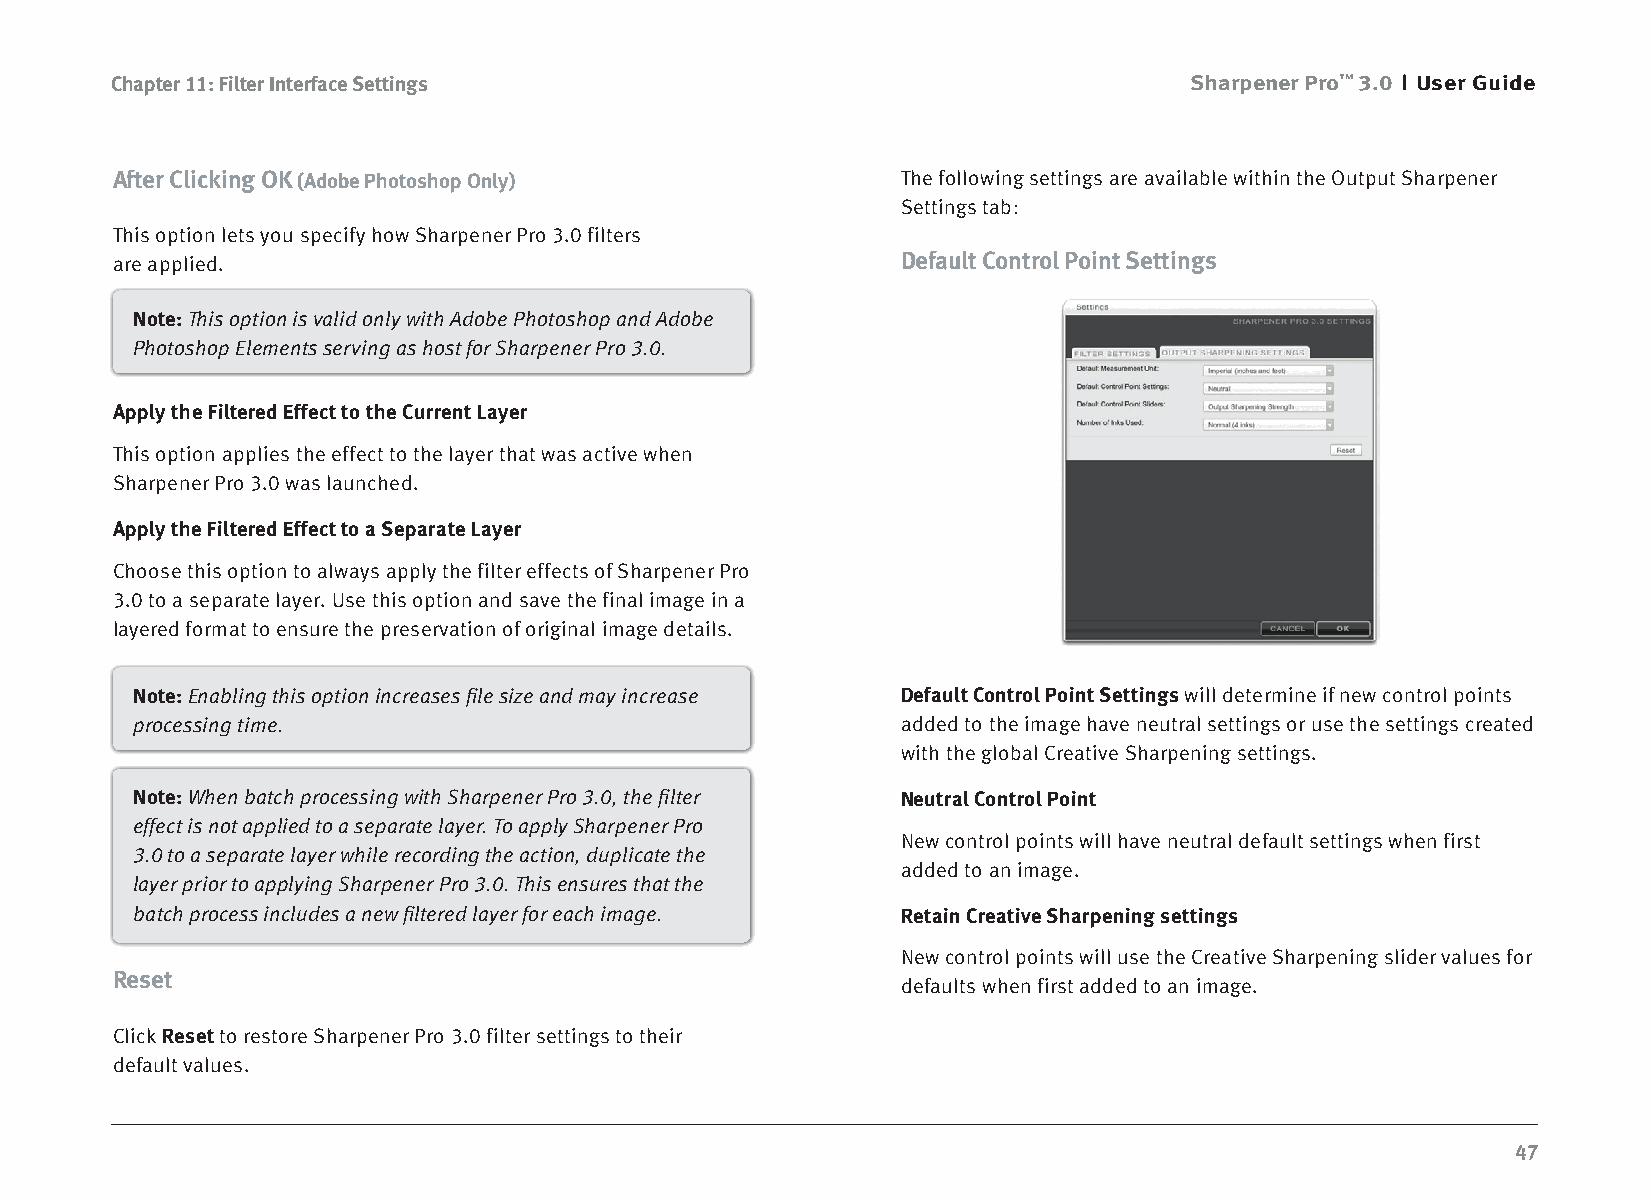
Chapter 11: Filter Interface Settings                                   Sharpener Pro™ 3.0 User Guide
 After Clicking OK (Adobe Photoshop Only)             The following settings are available within the Output Sharpener
 Settings tab:
 This option lets you specify how Sharpener Pro 3.0 filters
 are applied.                                         Default Control Point Settings
 Note: This option is valid only with Adobe Photoshop and Adobe
 Photoshop Elements serving as host for Sharpener Pro 3.0.
 Apply the Filtered Effect to the Current Layer
 This option applies the effect to the layer that was active when
 Sharpener Pro 3.0 was launched.
 Apply the Filtered Effect to a Separate Layer
 Choose this option to always apply the filter effects of Sharpener Pro
 3.0 to a separate layer. Use this option and save the final image in a
 layered format to ensure the preservation of original image details.
 Note: Enabling this option increases file size and may increase Default Control Point Settings will determine if new control points
 processing time.                                   added to the image have neutral settings or use the settings created
 with the global Creative Sharpening settings.
 Note: When batch processing with Sharpener Pro 3.0, the filter Neutral Control Point
 effect is not applied to a separate layer. To apply Sharpener Pro
 New control points will have neutral default settings when first
 3.0 to a separate layer while recording the action, duplicate the
 added to an image.
 layer prior to applying Sharpener Pro 3.0. This ensures that the
 batch process includes a new filtered layer for each image. Retain Creative Sharpening settings
 New control points will use the Creative Sharpening slider values for
 Reset
 defaults when first added to an image.
 Click Reset to restore Sharpener Pro 3.0 filter settings to their
 default values.
 47